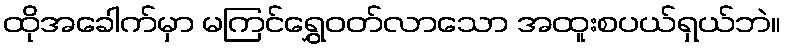
ထိုအခေါက်မှာ မကြင်ရွှေဝတ်လာသော အထူးစပယ်ရှယ်ဘဲ။